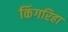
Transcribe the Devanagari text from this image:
किंगरिहा